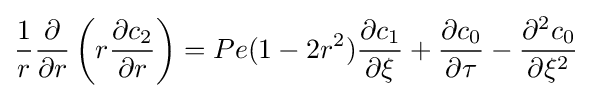
{\frac {1}{r}}{\frac {\partial }{\partial r}}\left(r{\frac {\partial c_{2}}{\partial r}}\right)=Pe(1-2r^{2}){\frac {\partial c_{1}}{\partial \xi }}+{\frac {\partial c_{0}}{\partial \tau }}-{\frac {\partial ^{2}c_{0}}{\partial \xi ^{2}}}